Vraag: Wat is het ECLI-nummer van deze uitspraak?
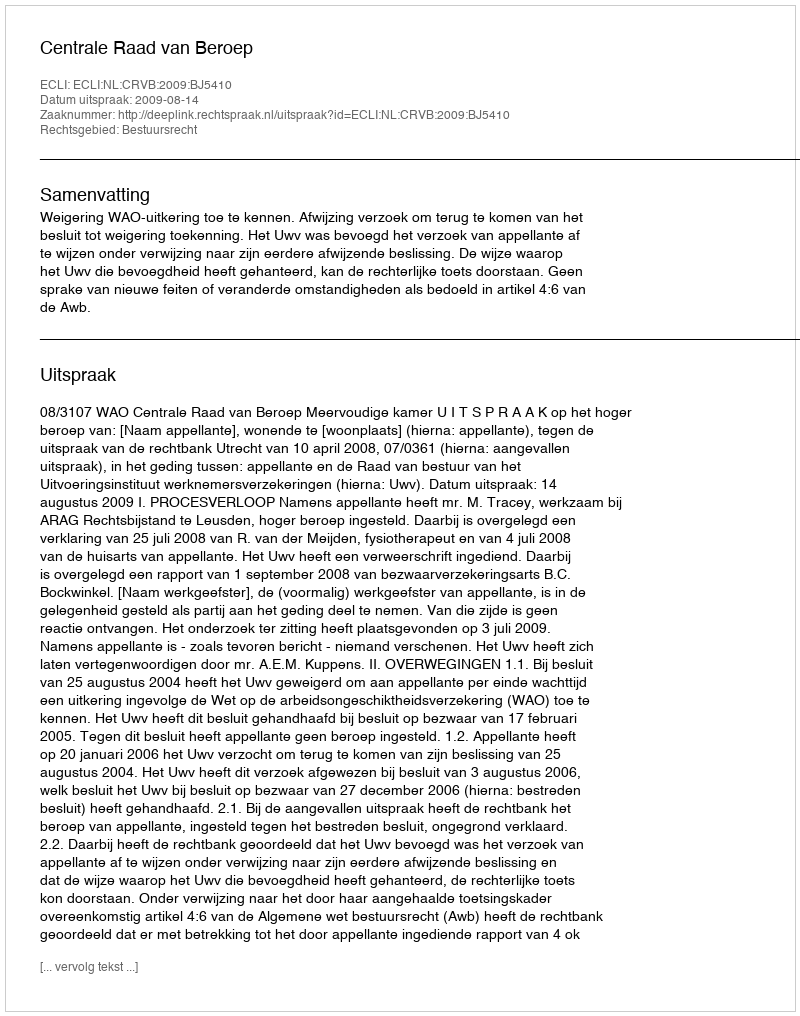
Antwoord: ECLI:NL:CRVB:2009:BJ5410